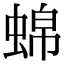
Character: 𬠒